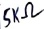
Text: 5KΩ